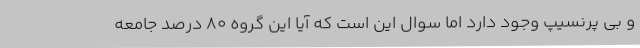
و بی پِرنسیپ وجود دارد اما سوال این است که آیا این گروه 80 درصد جامعه